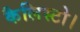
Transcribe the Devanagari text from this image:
कैलिस्टो।